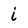
Character: i